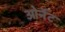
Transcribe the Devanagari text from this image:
ओर्नेट